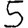
Digit: 5